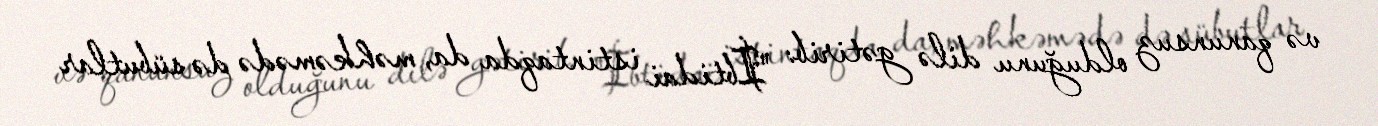
və qanunsuz olduğunu dilə gətirib: "İbtidai istintaqda da, məhkəmədə də sübutlar